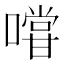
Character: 𭋌